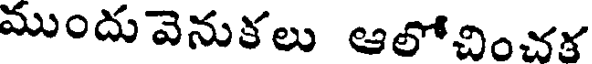
ముందు వెనుకలు ఆలోచించక